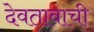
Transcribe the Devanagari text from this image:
देवतावाची